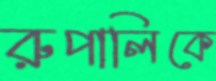
রুপালিকে